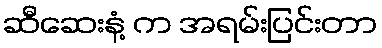
ဆီဆေးနံ့ က အရမ်းပြင်းတာ